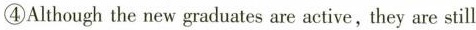
④Although the new graduates are active, they are still